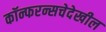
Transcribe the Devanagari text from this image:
कॉन्फरन्सचेदेखील